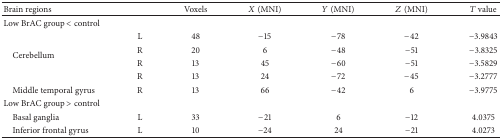
| Brain regions |  | Voxels | X (MNI) | Y (MNI) | Z (MNI) | T value |
 | --- | --- | --- | --- | --- | --- | --- |
 | Low BrAC group < control |  |  |  |  |  |  |
 | <ROWSPAN=4> Cerebellum | L | 48 | −15 | −78 | −42 | −3.9843 |
 | R | 20 | 6 | −48 | −51 | −3.8325 |
 | R | 13 | 45 | −60 | −51 | −3.5829 |
 | R | 13 | 24 | −72 | −45 | −3.2777 |
 | Middle temporal gyrus | R | 13 | 66 | −42 | 6 | −3.9775 |
 | Low BrAC group > control |  |  |  |  |  |  |
 | Basal ganglia | L | 33 | −21 | 6 | −12 | 4.0375 |
 | Inferior frontal gyrus | L | 10 | −24 | 24 | −21 | 4.0273 |